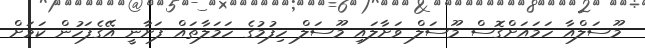
މޫސަލްއާ ހަމައަށްގޮސް މޫސަލް ވަށާލައި މޫސަލް ހިފުމުގެ ހަމަލާތައް ފަށާނީ އޭގެފަހުން ކަމަށް